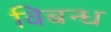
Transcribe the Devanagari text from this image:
विबन्ध